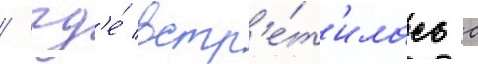
/ гд'е́ встр'е́т'илась с